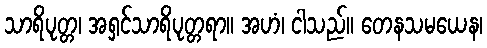
သာရိပုတ္တ၊ အရှင်သာရိပုတ္တရာ။ အဟံ၊ ငါသည်။ တေနသမယေန၊